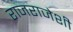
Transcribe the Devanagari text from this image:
राजराजेशी